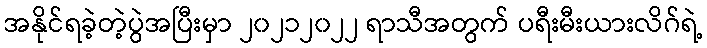
အနိုင်ရခဲ့တဲ့ပွဲအပြီးမှာ ၂၀၂၁၂၀၂၂ ရာသီအတွက် ပရီးမီးယားလိဂ်ရဲ့